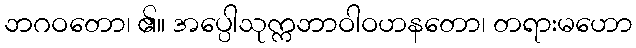
ဘဂဝတော၊ ၏။ အပ္ပေါသုက္ကဘာဝါဝဟနတော၊ တရားမဟော